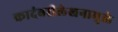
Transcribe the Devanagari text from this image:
कादंबरीलेखनामुळे